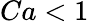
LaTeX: Ca<1